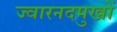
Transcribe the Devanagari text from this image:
ज्वारनदमुखों